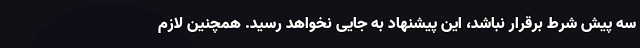
سه پیش شرط برقرار نباشد، این پیشنهاد به جایی نخواهد رسید. همچنین لازم